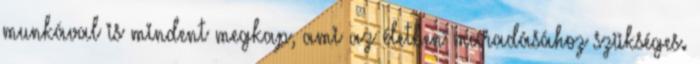
munkával is mindent megkap, ami az életben maradásához szükséges.